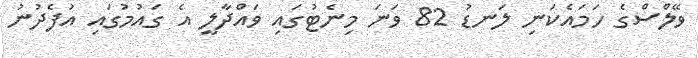
ވޭލްސްގެ ހަމައެކަނި ލަނޑު 82 ވަނަ މިނެޓުގައި ވައްދާލީ އެ ގައުމުގައި އުފެދުނު